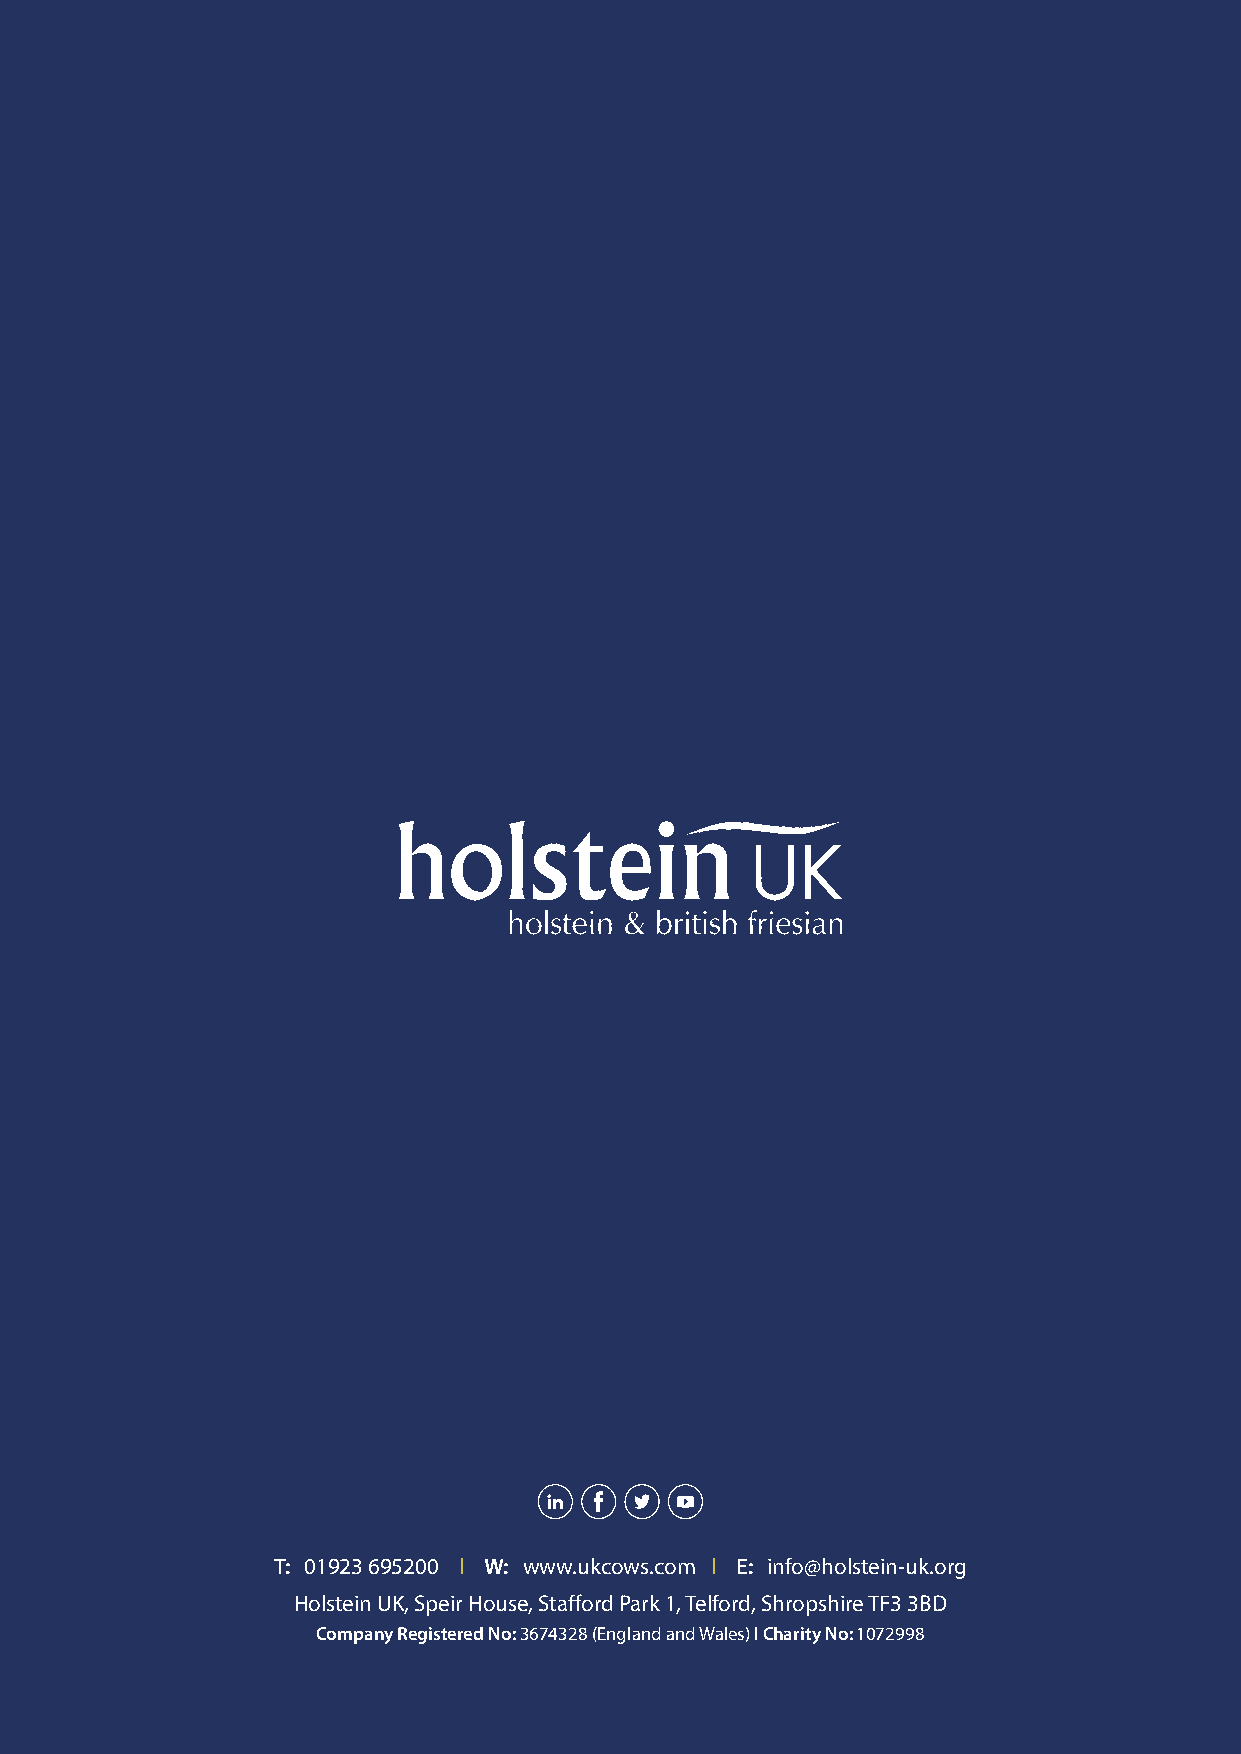
T: 01923 695200 l W: www.ukcows.com l E: info@holstein-uk.org
 Holstein UK, Speir House, Stafford Park 1, Telford, Shropshire TF3 3BD
 Company Registered No: 3674328 (England and Wales) l Charity No: 1072998